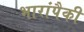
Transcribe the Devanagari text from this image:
भारांपैकी